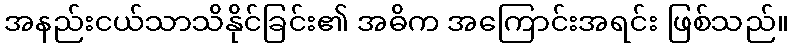
အနည်းငယ်သာသိနိုင်ခြင်း၏ အဓိက အကြောင်းအရင်း ဖြစ်သည်။